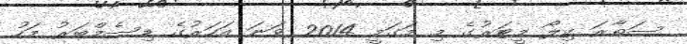
ސަތާރަ ކިލޯ މީޓަރުގެ މި މަގަމީ 2014 ވަނަ އަހަރުގެ ޑިސެމްބަރު މަހު